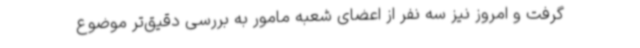
گرفت و امروز نیز سه نفر از اعضای شعبه مامور به بررسی دقیق‌تر موضوع